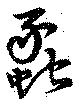
蟸